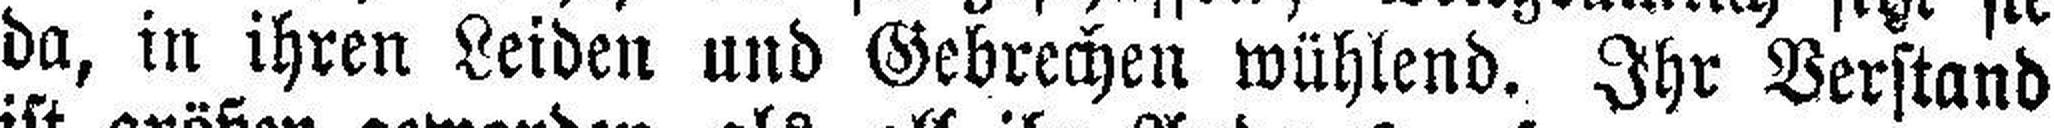
da, in ihren Leiden und Gebrechen wühlend. Ihr Verstand